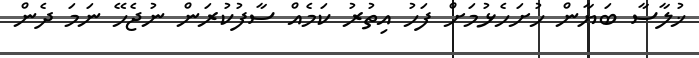
ޚުލާސާ ބަޔާން ހުށަހެޅުމަށް ފަހު އިތުރު ކަމެއް ސާފުކުރަން ނުޖެހޭ ނަމަ ދެން